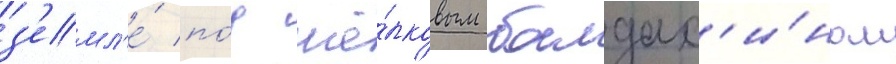
з'емл'е́ по́д шё́лковым балдах'и́ном